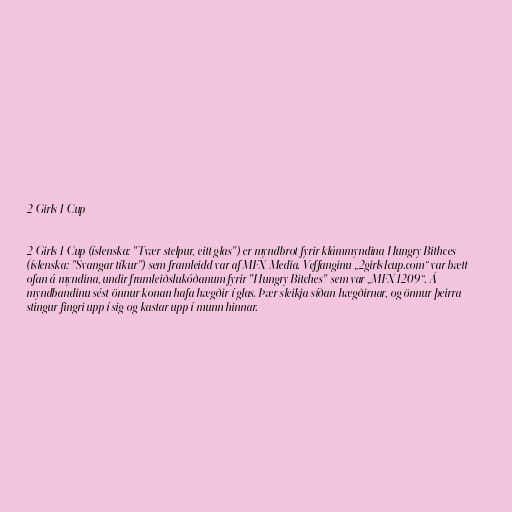
2 Girls 1 Cup

2 Girls 1 Cup (íslenska: "Tvær stelpur, eitt glas") er myndbrot fyrir klámmyndina Hungry Bithces
(íslenska: "Svangar tíkur") sem framleidd var af MFX-Media. Veffanginu „2girls1cup.com“ var bætt
ofan á myndina, undir framleiðslukóðanum fyrir "Hungry Bitches" sem var „MFX 1209“. Á
myndbandinu sést önnur konan hafa hægðir í glas. Þær sleikja síðan hægðirnar, og önnur þeirra
stingur fingri upp í sig og kastar upp í munn hinnar.